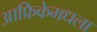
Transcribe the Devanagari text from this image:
आफ्रिकेमधला